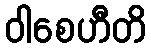
ဝါစေဟီတိ